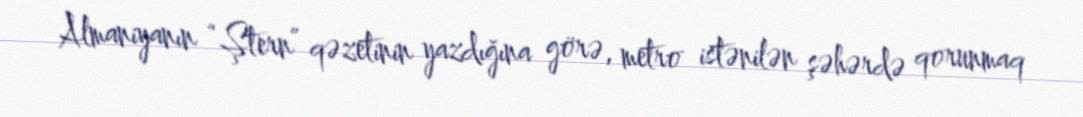
Almaniyanın “Ştern” qəzetinin yazdığına görə, metro istənilən şəhərdə qorunmaq